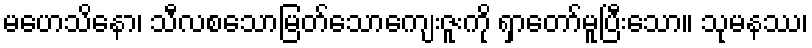
မဟေသိနော၊ သီလစသောမြတ်သောကျေးဇူးကို ရှာတော်မူပြီးသော။ သုမနဿ၊